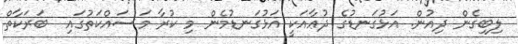
ލިބިގެން ދިއުން. އަޅުގަނޑުގެ ދުޢާއަކީ އަޅުގަނޑުމެން މި ކުރާ މަސައްކަތުގައި  ބަރަކާތް